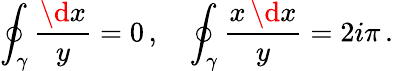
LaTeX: \oint_{\gamma}{\frac{\d x}{y}}=0\, ,\quad\oint_{\gamma}{\frac{x\, \d x}{y}}=2i\pi\, .